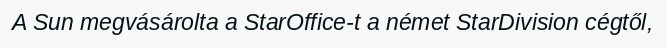
A Sun megvásárolta a StarOffice-t a német StarDivision cégtől,